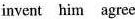
|invent him agree